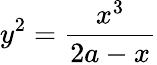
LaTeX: y^{2}=\frac{x^{3}}{2a-x}